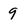
Character: 9